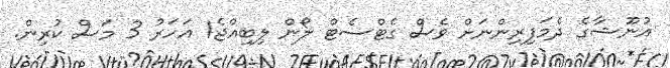
އުނޫޝާގެ ދެމަފިރިންނަށް ވެސް ގެޓްސެޓް ލޯން ލިބިއްޖެ1 އަހަރު 3 މަސް ކުރިން.